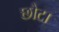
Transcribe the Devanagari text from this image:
छौटा